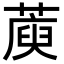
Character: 𦺮